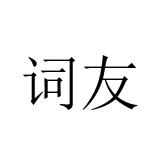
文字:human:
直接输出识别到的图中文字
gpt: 词友